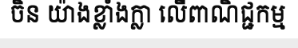
ចិន យ៉ាងខ្លាំងក្លា លើពាណិជ្ជកម្ម